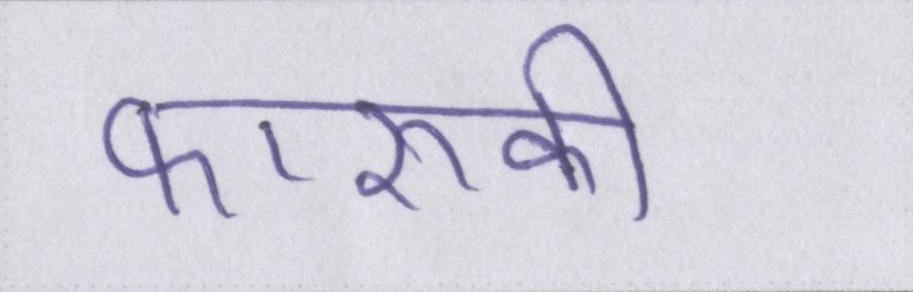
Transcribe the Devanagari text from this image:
फारूकी